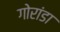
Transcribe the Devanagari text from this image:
गोरांडा